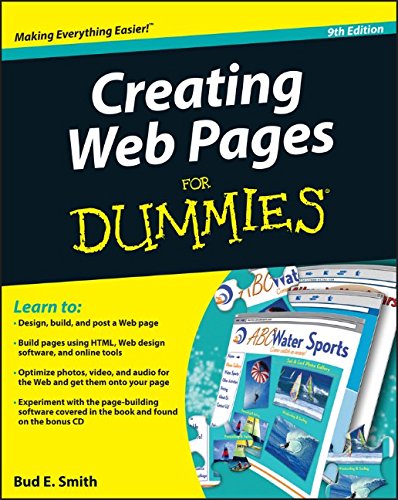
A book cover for Creating Web Pages For Dummies; Bud E. Smith; Computers & Technology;